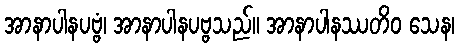
အာနာပါနပဗ္ဗံ၊ အာနာပါနပဗ္ဗသည်။ အာနာပါနဿတိဝ သေန၊